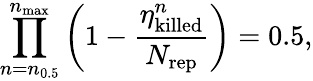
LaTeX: \prod_{n=n_{0.5}}^{n_{\mathrm{max}}}\left(1-\frac{\eta_{\mathrm{killed}}^{n}}{N_{\mathrm{rep}}}\right)=0.5,